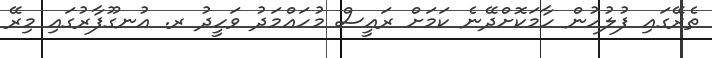
ތެރޭގައި ފުލުހުން ހާމަކޮށްދޭނެ ކަމަށް ރައީސް މުހައްމަދު ވަހީދު ރ. އުނގޫފާރުގައި މިރޭ